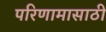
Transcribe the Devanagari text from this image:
परिणामासाठी